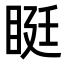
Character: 𥆑